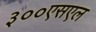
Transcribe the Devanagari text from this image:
३००एसएल